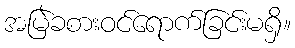
အမြဲခစားဝင်ရောက်ခြင်းမရှိ။